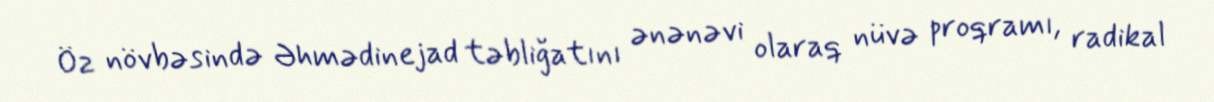
Öz növbəsində Əhmədinejad təbliğatını ənənəvi olaraq nüvə proqramı, radikal